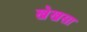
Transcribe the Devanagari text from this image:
खेखसा